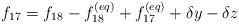
LaTeX: \begin{align*}{f_{17}} = {f_{18}} - f_{18}^{\left( {eq} \right)} + f_{17}^{\left( {eq} \right)} + \delta y - \delta z\end{align*}